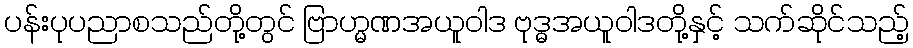
ပန်းပုပညာစသည်တို့တွင် ဗြာဟ္မဏအယူဝါဒ ဗုဒ္ဓအယူဝါဒတို့နှင့် သက်ဆိုင်သည့်